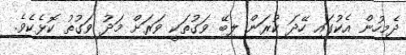
ދެމިހުން އެކުގައި ހޭދަ ކުރަން ލިބޭ ވަގުތަކީ ވަރަށް މަދު ވަގުތު ކޮޅެކެވެ.